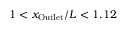
1 < x _ { \mathrm { O u t l e t } } / L < 1 . 1 2